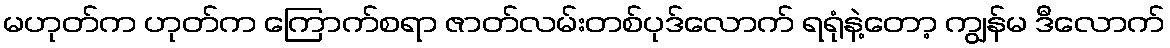
မဟုတ်က ဟုတ်က ကြောက်စရာ ဇာတ်လမ်းတစ်ပုဒ်လောက် ရရုံနဲ့တော့ ကျွန်မ ဒီလောက်